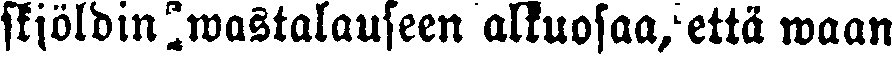
skjöldin wastalauseen alkuosaa, että waan